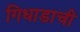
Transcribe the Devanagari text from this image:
गिधाडाची